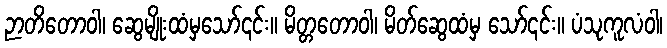
ဉာတိတောဝါ၊ ဆွေမျိုးထံမှသော်၎င်း။ မိတ္တတောဝါ၊ မိတ်ဆွေထံမှ သော်၎င်း။ ပံသုကူလံဝါ၊